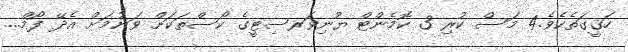
ހަޤީގަތެކެވެ.4 މަސް ކުރި 3 ކޮމެންޓް ޔުނިވަރސިޓީގެ ކޯސްތަކަށް ވަނުމަށް އެދޭ ފޯމް...